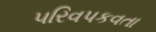
પરિવપકવતા